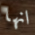
انها